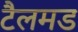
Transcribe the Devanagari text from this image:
टैलमड